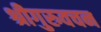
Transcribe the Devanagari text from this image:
श्रीगुरुवचन